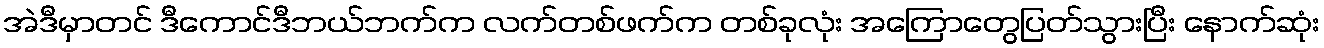
အဲဒီမှာတင် ဒီကောင်ဒီဘယ်ဘက်က လက်တစ်ဖက်က တစ်ခုလုံး အကြောတွေပြတ်သွားပြီး နောက်ဆုံး